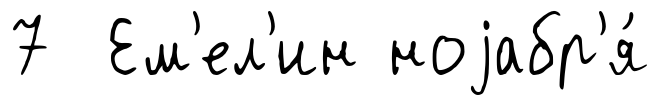
7 Ем'ел'ин ноjабр'я́